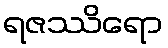
ရဇဿိရော